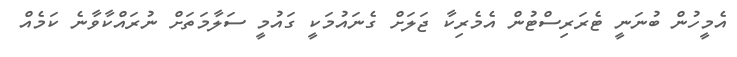
އެމީހުން ބުނަނީ ޓެރަރިސްޓުން އެމެރިކާ ޖަލަށް ގެނައުމަކީ ގައުމީ ސަލާމަތަށް ނުރައްކާވާނެ ކަމެއް